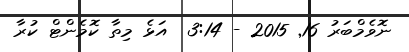
ނޮވެމްބަރު 16